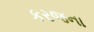
કરજના